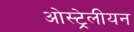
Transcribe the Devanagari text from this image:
ओस्ट्रेलीयन